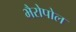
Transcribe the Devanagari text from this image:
भैरोपोल